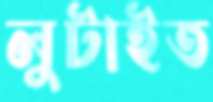
লুটাইত